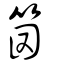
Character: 笝